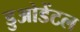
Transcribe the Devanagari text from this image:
डुओडेंटल